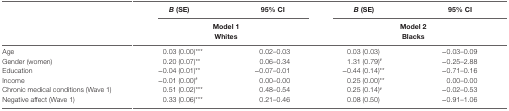
<table><thead><tr><td rowspan="3"></td><td><b><i>B</i> (SE)</b></td><td><b>95% CI</b></td><td><b><i>B</i> (SE)</b></td><td><b>95% CI</b></td></tr><tr><td colspan="2"><b>Model 1Whites</b></td><td colspan="2"><b>Model 2Blacks</b></td></tr></thead><tbody><tr><td>Age</td><td>0.03 (0.00)***</td><td>0.02–0.03</td><td>0.03 (0.03)</td><td>−0.03–0.09</td></tr><tr><td>Gender (women)</td><td>0.20 (0.07)**</td><td>0.06–0.34</td><td>1.31 (0.79)<sup>#</sup></td><td>−0.25–2.88</td></tr><tr><td>Education</td><td>−0.04 (0.01)**</td><td>−0.07–0.01</td><td>−0.44 (0.14)**</td><td>−0.71–0.16</td></tr><tr><td>Income</td><td>−0.01 (0.00)<sup>#</sup></td><td>0.00–0.00</td><td>0.25 (0.00)**</td><td>0.00–0.00</td></tr><tr><td>Chronic medical conditions (Wave 1)</td><td>0.51 (0.02)***</td><td>0.48–0.54</td><td>0.25 (0.14)<sup>#</sup></td><td>−0.02–0.53</td></tr><tr><td>Negative affect (Wave 1)</td><td>0.33 (0.06)***</td><td>0.21–0.46</td><td>0.08 (0.50)</td><td>−0.91–1.06</td></tr></tbody></table>